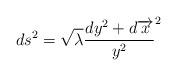
LaTeX: \begin{align*}ds^{2}=\sqrt{\lambda }\frac{dy^{2}+d\overrightarrow{x}}{y^{2}}^{2}\end{align*}